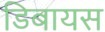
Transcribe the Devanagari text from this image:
डिबायस